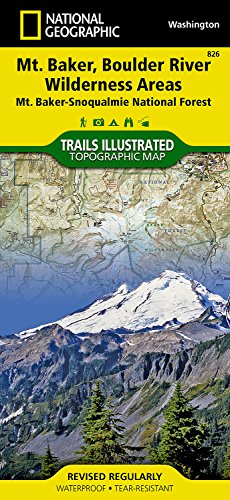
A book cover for Mount Baker and Boulder River Wilderness Areas [Mt. Baker-Snoqualmie National Forest] (National Geographic Trails Illustrated Map); National Geographic Maps - Trails Illustrated; Travel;